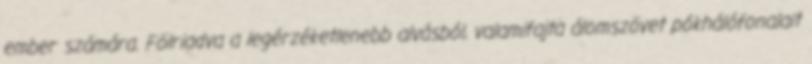
ember számára. Fölriadva a legérzéketlenebb alvásból, valamifajta álomszövet pókhálófonalait